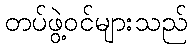
တပ်ဖွဲ့ဝင်များသည်